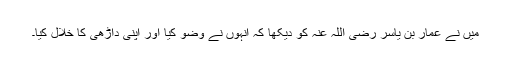
میں نے عمار بن یاسر رضی اللہ عنہ کو دیکھا کہ انہوں نے وضو کیا اور اپنی داڑھی کا خلال کیا۔